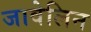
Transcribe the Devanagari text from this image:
जावेलिन